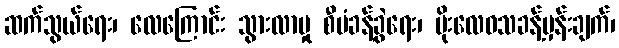
ဆက်သွယ်ရေး၊ လေကြောင်း သွားလာမှု စီမံခန့်ခွဲရေး၊ မိုးလေဝသခန့်မှန်းချက်၊